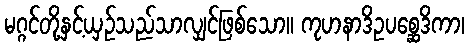
မဂ္ဂင်တို့နှင့်ယှဉ်သည်သာလျှင်ဖြစ်သော။ ကုဟနာဒိဥပစ္ဆေဒိကာ၊